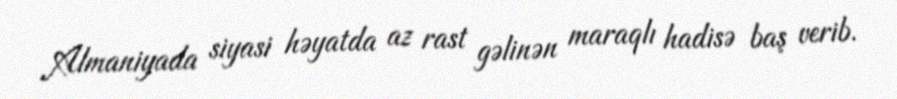
Almaniyada siyasi həyatda az rast gəlinən maraqlı hadisə baş verib.